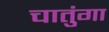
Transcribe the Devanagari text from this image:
चातुंगा